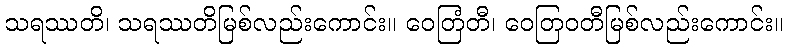
သရဿတိ၊ သရဿတိမြစ်လည်းကောင်း။ ဝေတြံတီ၊ ဝေတြဝတီမြစ်လည်းကောင်း။